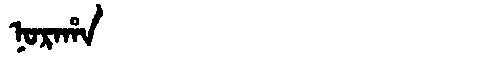
Manchu: ᠨᠣᡵᠠᡥᠠ
Romanization: NORAHA